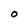
Character: 0